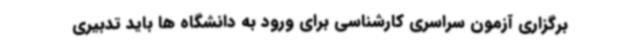
برگزاری آزمون سراسری کارشناسی برای ورود به دانشگاه ها باید تدبیری